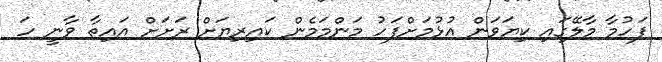
ފަހުމާ މާލޭގައި ކިޔަވަން އުޅުމަށްފަހު މަންމަމެން ކައިރިޔަށް ރަށަށް އައިތާ ވާނީ ހަ